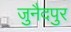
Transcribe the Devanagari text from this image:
जुनैदपुर